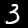
Digit: 3